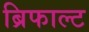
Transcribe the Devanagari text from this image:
ब्रिफाल्ट